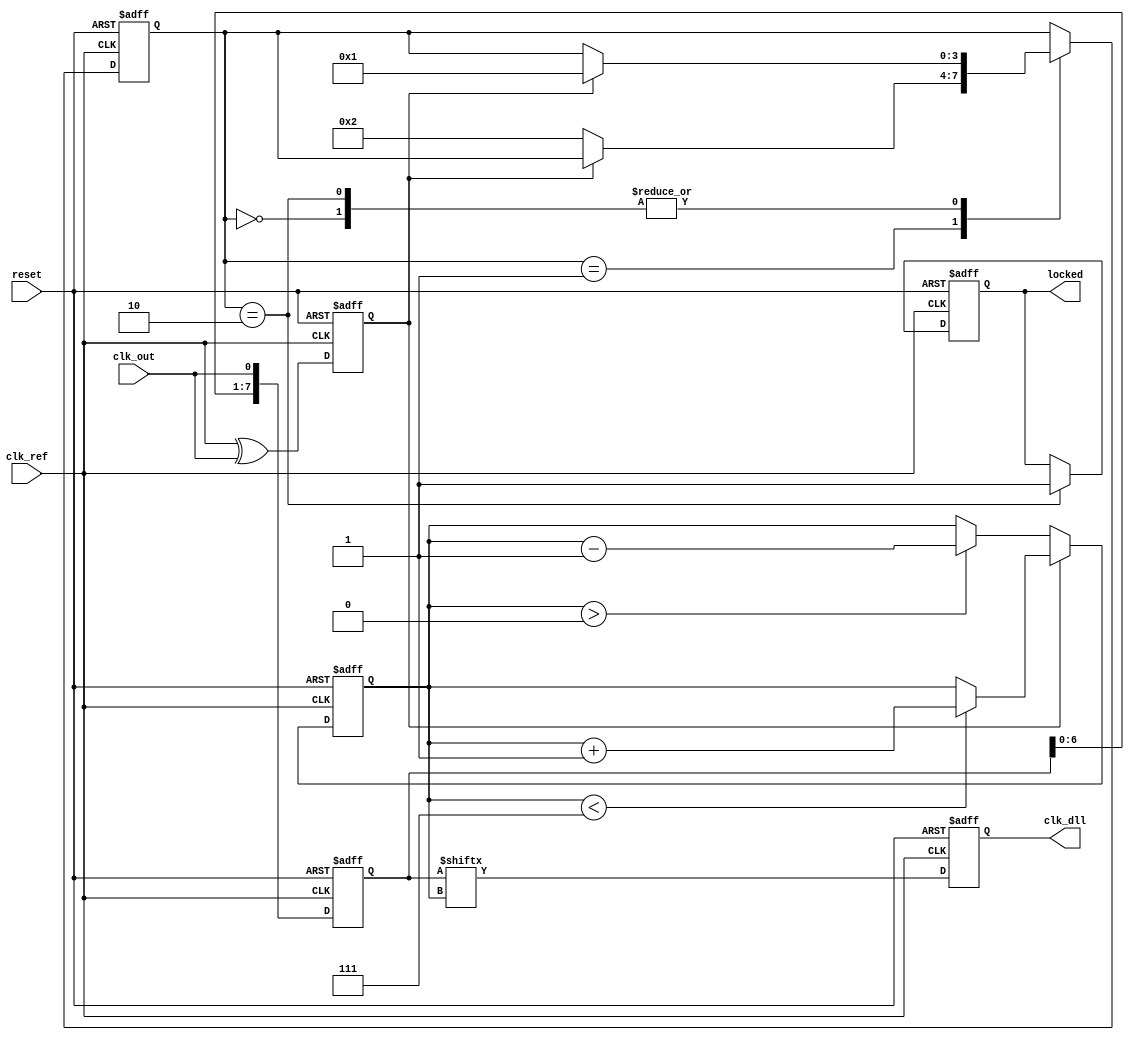
module dll (
    input wire clk_ref,         // Reference clock input
    input wire clk_out,         // Output clock to be aligned
    input wire reset,           // Reset signal
    output reg clk_dll,         // DLL output clock
    output reg locked           // Lock status signal
);

    // Parameters
    parameter NUM_DELAY_STAGES = 8; // Number of delay stages
    parameter DELAY_STEP = 1;        // Delay increment per stage

    // Internal Signals
    reg [NUM_DELAY_STAGES-1:0] delay_line; // Delay line storage
    reg [2:0] delay_select;                // Current delay stage selection
    reg phase_error;                       // Phase error signal
    reg [3:0] state;                       // State for control logic
    reg [3:0] next_state;                  // Next state for control logic

    // Phase Detector (Simple XOR for phase comparison)
    always @(posedge clk_ref or posedge reset) begin
        if (reset) begin
            phase_error <= 0;
        end else begin
            phase_error <= clk_ref ^ clk_out; // Simple phase error detection
        end
    end

    // Delay Line (Simple Shift Register Implementation)
    always @(posedge clk_ref or posedge reset) begin
        if (reset) begin
            delay_line <= 0;
            delay_select <= 0;
        end else begin
            // Update the delay line with the selected delay stage
            delay_line <= {delay_line[NUM_DELAY_STAGES-2:0], clk_out}; // Shift in the output clock
            if (phase_error) begin
                // Adjust the delay selection based on phase error
                if (delay_select < NUM_DELAY_STAGES - 1) begin
                    delay_select <= delay_select + 1; // Increase delay
                end
            end else if (delay_select > 0) begin
                delay_select <= delay_select - 1; // Decrease delay
            end
        end
    end

    // Control Logic
    always @(posedge clk_ref or posedge reset) begin
        if (reset) begin
            state <= 0;
            locked <= 0;
        end else begin
            // Simple FSM to determine locking state
            case (state)
                0: begin // Initial state
                    if (phase_error) begin
                        state <= 1; // Move to adjusting state
                    end
                end
                1: begin // Adjusting state
                    if (!phase_error) begin
                        state <= 2; // Move to locked state
                    end
                end
                2: begin // Locked state
                    locked <= 1; // Set locked signal
                    if (phase_error) begin
                        state <= 1; // Go back to adjusting state
                    end
                end
            endcase
        end
    end

    // Output Clock Generation
    always @(posedge clk_ref or posedge reset) begin
        if (reset) begin
            clk_dll <= 0;
        end else begin
            // Generate output clock based on delay selection
            clk_dll <= delay_line[delay_select]; // Select delayed clock
        end
    end

endmodule